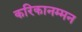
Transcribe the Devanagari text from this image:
करिकानम्मन